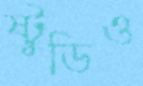
ষ্টুডিও